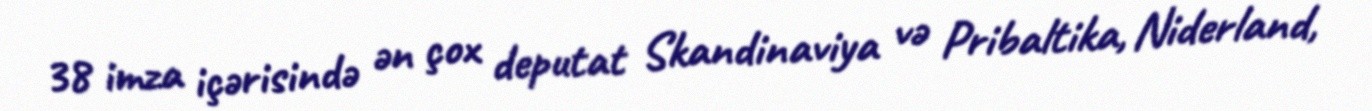
38 imza içərisində ən çox deputat Skandinaviya və Pribaltika, Niderland,